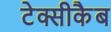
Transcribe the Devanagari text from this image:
टेक्सीकैब